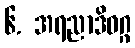
၆. အရညာဒိဝဂ္ဂ